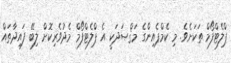
ޕްލެޓްފޯމް ތަކަށެވެ. މި ކެމްޕެއިންގެ މަޤްޞަދަކީ އެ ޕްލެޓްފޯމް މެދުވެރިކޮށް ލިބޭ ފައިދާތައް